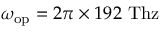
\omega _ { \mathrm { o p } } = 2 \pi \times 1 9 2 ~ \mathrm { T h z }